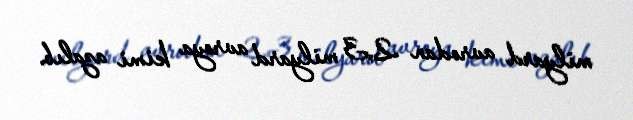
milyard avrodan 2,3 milyard avroya kimi azalıb.